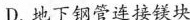
D.地下钢管连接镁块